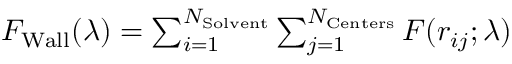
\begin{array} { r } { F _ { \mathrm { { W a l l } } } ( \lambda ) = \sum _ { i = 1 } ^ { N _ { \mathrm { { S o l v e n t } } } } \sum _ { j = 1 } ^ { N _ { \mathrm { { C e n t e r s } } } } F ( r _ { i j } ; \lambda ) } \end{array}